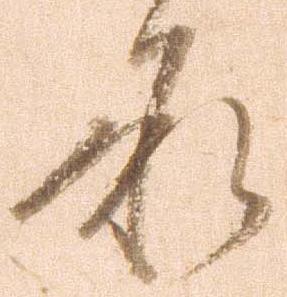
承